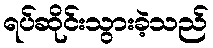
ရပ်ဆိုင်းသွားခဲ့သည်